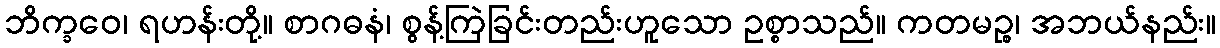
ဘိက္ခဝေ၊ ရဟန်းတို့။ စာဂဓနံ၊ စွန့်ကြဲခြင်းတည်းဟူသော ဥစ္စာသည်။ ကတမဉ္စ၊ အဘယ်နည်း။